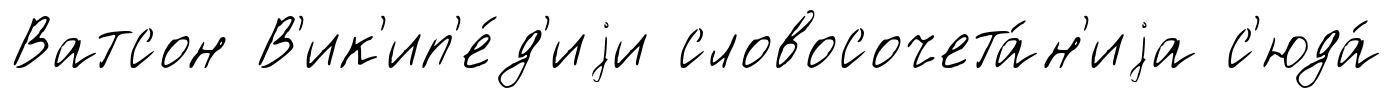
Ватсон В'ик'ип'е́д'иjи словосочета́н'иjа с'юда́